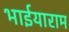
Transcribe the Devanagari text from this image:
भाईयाराम